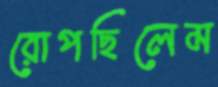
রোপছিলেম